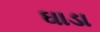
ઘાડા